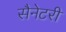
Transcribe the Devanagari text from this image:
सैनेटरी